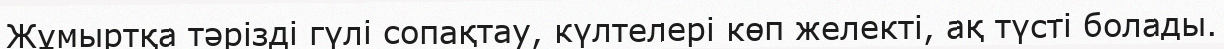
Жұмыртқа тәрізді гүлі сопақтау, күлтелері көп желекті, ақ түсті болады.